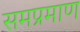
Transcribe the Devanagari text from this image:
समप्रमाण